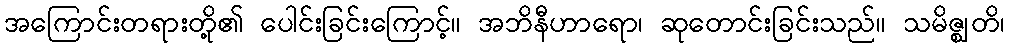
အကြောင်းတရားတို့၏ ပေါင်းခြင်းကြောင့်။ အဘိနီဟာရော၊ ဆုတောင်းခြင်းသည်။ သမိဇ္ဈတိ၊